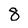
Character: 8